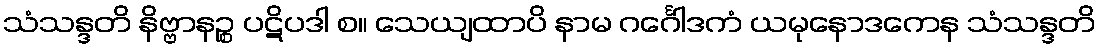
သံသန္ဒတိ နိဗ္ဗာနဉ္စ ပဋိပဒါ စ။ သေယျထာပိ နာမ ဂင်္ဂေါဒကံ ယမုနောဒကေန သံသန္ဒတိ